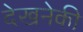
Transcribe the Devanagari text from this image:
देखनेकी